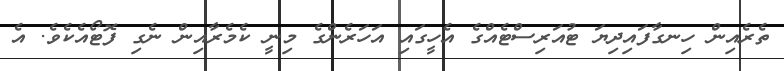
ތެރެއިން ހިނގާފައިދިޔަ ޓުއަރިސްޓެއްގެ އެހީގައި އަހަރެންގެ މިނީ ކެމެރާއިން ނެގި ފޮޓޯއެކެވެ. އެ